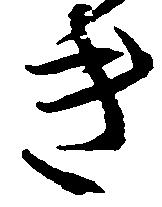
き